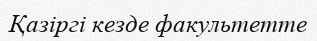
Қазіргі кезде факультетте